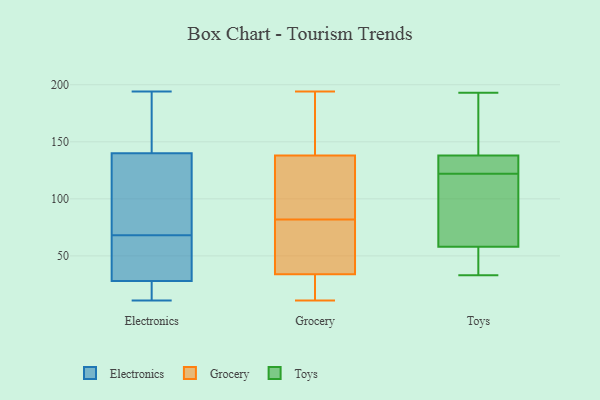
{"axis": {"x": "Net Income (USD K)", "y": "Value"}, "legend": ["Electronics", "Grocery", "Toys"], "data": [{"x": "", "y": 58, "type": "Electronics"}, {"x": "", "y": 31, "type": "Electronics"}, {"x": "", "y": 92, "type": "Electronics"}, {"x": "", "y": 11, "type": "Electronics"}, {"x": "", "y": 126, "type": "Electronics"}, {"x": "", "y": 15, "type": "Electronics"}, {"x": "", "y": 45, "type": "Electronics"}, {"x": "", "y": 37, "type": "Electronics"}, {"x": "", "y": 154, "type": "Electronics"}, {"x": "", "y": 169, "type": "Electronics"}, {"x": "", "y": 25, "type": "Electronics"}, {"x": "", "y": 187, "type": "Electronics"}, {"x": "", "y": 15, "type": "Electronics"}, {"x": "", "y": 78, "type": "Electronics"}, {"x": "", "y": 194, "type": "Electronics"}, {"x": "", "y": 108, "type": "Electronics"}, {"x": "", "y": 194, "type": "Grocery"}, {"x": "", "y": 11, "type": "Grocery"}, {"x": "", "y": 66, "type": "Grocery"}, {"x": "", "y": 145, "type": "Grocery"}, {"x": "", "y": 33, "type": "Grocery"}, {"x": "", "y": 18, "type": "Grocery"}, {"x": "", "y": 113, "type": "Grocery"}, {"x": "", "y": 179, "type": "Grocery"}, {"x": "", "y": 117, "type": "Grocery"}, {"x": "", "y": 183, "type": "Grocery"}, {"x": "", "y": 42, "type": "Grocery"}, {"x": "", "y": 11, "type": "Grocery"}, {"x": "", "y": 37, "type": "Grocery"}, {"x": "", "y": 113, "type": "Grocery"}, {"x": "", "y": 175, "type": "Grocery"}, {"x": "", "y": 74, "type": "Grocery"}, {"x": "", "y": 82, "type": "Grocery"}, {"x": "", "y": 95, "type": "Grocery"}, {"x": "", "y": 20, "type": "Grocery"}, {"x": "", "y": 193, "type": "Toys"}, {"x": "", "y": 55, "type": "Toys"}, {"x": "", "y": 127, "type": "Toys"}, {"x": "", "y": 144, "type": "Toys"}, {"x": "", "y": 122, "type": "Toys"}, {"x": "", "y": 33, "type": "Toys"}, {"x": "", "y": 50, "type": "Toys"}, {"x": "", "y": 75, "type": "Toys"}, {"x": "", "y": 136, "type": "Toys"}, {"x": "", "y": 125, "type": "Toys"}, {"x": "", "y": 66, "type": "Toys"}, {"x": "", "y": 91, "type": "Toys"}, {"x": "", "y": 151, "type": "Toys"}, {"x": "", "y": 129, "type": "Toys"}, {"x": "", "y": 59, "type": "Toys"}, {"x": "", "y": 170, "type": "Toys"}, {"x": "", "y": 44, "type": "Toys"}]}